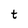
Character: t